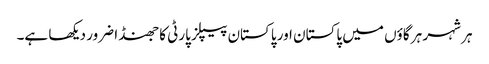
ہر شہر ہر گاؤں میں پاکستان اور پاکستان پیپلز پارٹی کا جھنڈا ضرور دیکھا ہے۔